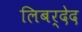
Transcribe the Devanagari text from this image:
लिबर्देद